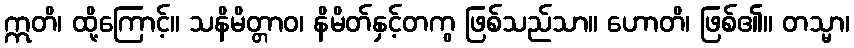
ဣတိ၊ ထို့ကြောင့်။ သနိမိတ္တာဝ၊ နိမိတ်နှင့်တကွ ဖြစ်သည်သာ။ ဟောတိ၊ ဖြစ်၏။ တသ္မာ၊